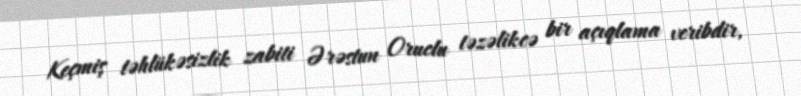
Keçmiş təhlükəsizlik zabiti Ərəstun Oruclu təzəlikcə bir açıqlama veribdir,